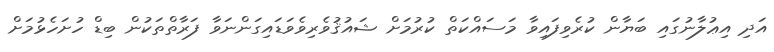
އަދި އިޢުލާނުގައި ބަޔާން ކުރެވިފައިވާ މަސައްކަތް ކުރުމަށް ޝައުޤުވެރިވެވަޑައިގަންނަވާ ފަރާތްތަކުން ބިޑް ހުށަހެޅުމަށް